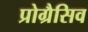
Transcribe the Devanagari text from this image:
प्रोग्रैसिव